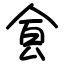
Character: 𩚀